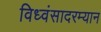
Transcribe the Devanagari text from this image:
विध्वंसादरम्यान